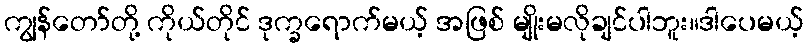
ကျွန်တော်တို့ ကိုယ်တိုင် ဒုက္ခရောက်မယ့် အဖြစ် မျိုးမလိုချင်ပါဘူး။ဒါပေမယ့်